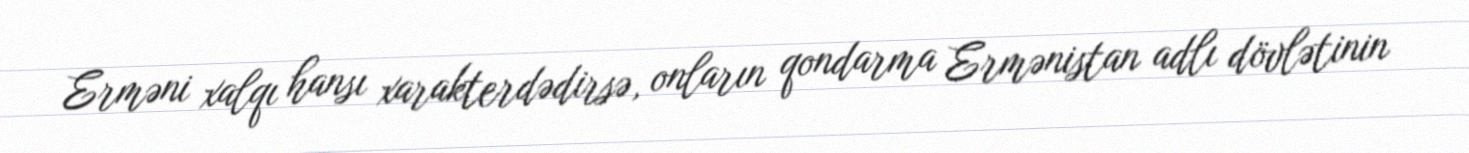
Erməni xalqı hansı xarakterdədirsə, onların qondarma Ermənistan adlı dövlətinin